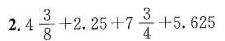
2. $$4 \frac { 3 } { 8 } + 2 . 2 5 + 7 \frac { 3 } { 4 } + 5 . 6 2 5$$